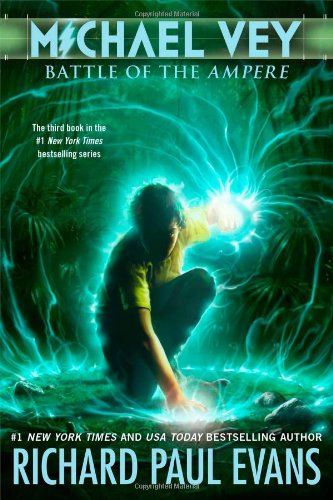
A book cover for Michael Vey 3: Battle of the Ampere; Richard Paul Evans; Teen & Young Adult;